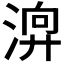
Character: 𣹚